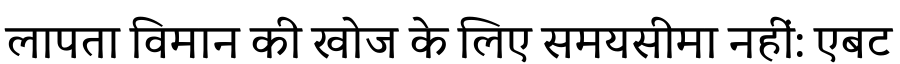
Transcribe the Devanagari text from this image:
लापता विमान की खोज के लिए समयसीमा नहीं: एबट